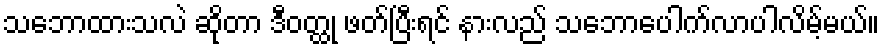
သဘောထားသလဲ ဆိုတာ ဒီဝတ္ထု ဖတ်ပြီးရင် နားလည် သဘောပေါက်လာပါလိမ့်မယ်။